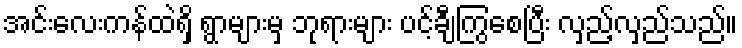
အင်းလေးကန်ထဲရှိ ရွာများမှ ဘုရားများ ပင့်ချီကြွစေပြီး လှည့်လှည်သည်။